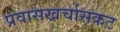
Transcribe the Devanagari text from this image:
प्रवासखर्चासकट